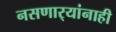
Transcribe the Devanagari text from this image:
नसणार्‍यांनाही